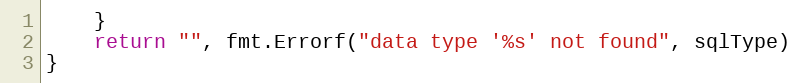
Language: Go
	}
	return "", fmt.Errorf("data type '%s' not found", sqlType)
}